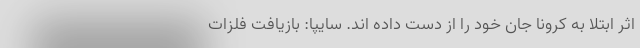
اثر ابتلا به کرونا جان خود را از دست داده اند. سایپا: بازیافت فلزات